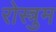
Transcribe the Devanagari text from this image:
रोस्त्रुम